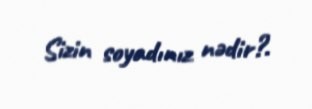
Sizin soyadınız nədir?.